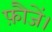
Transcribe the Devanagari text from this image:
फ़ौजें।